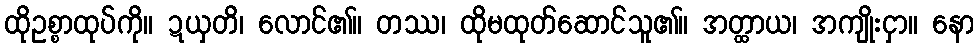
ထိုဥစ္စာထုပ်ကို။ ဍယှတိ၊ လောင်၏။ တဿ၊ ထိုမထုတ်ဆောင်သူ၏။ အတ္ထာယ၊ အကျိုးငှာ။ နော